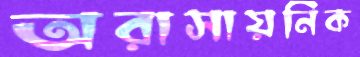
অরাসায়নিক